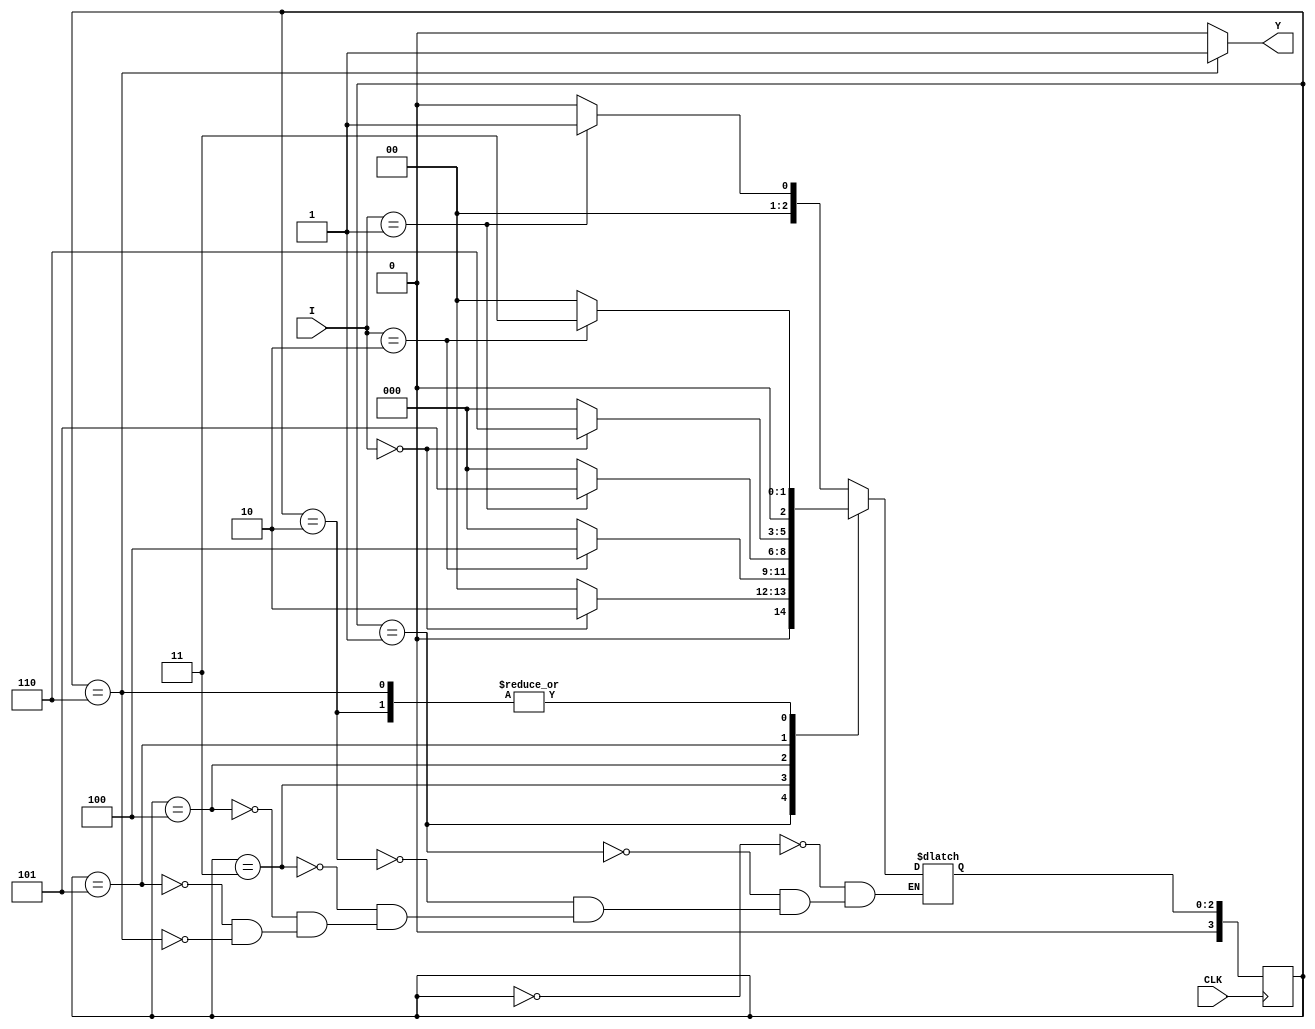
// SB : Task 1 B : Finite State Machine
/*
Instructions
-------------------
Students are not allowed to make any changes in the Module declaration.
This file is used to design a Finite State Machine.

Recommended Quartus Version : 19.1
The submitted project file must be 19.1 compatible as the evaluation will be done on Quartus Prime Lite 19.1.

Warning: The error due to compatibility will not be entertained.
			Do not make any changes to Test_Bench_Vector.txt file. Violating will result into Disqualification.
-------------------
*/

//Finite State Machine design
//Inputs  : I (4 bit) and CLK (clock)
//Output  : Y (Y = 1 when 102210 sequence(decimal number sequence) is detected)

//////////////////DO NOT MAKE ANY CHANGES IN MODULE//////////////////
module fsm(
	input CLK,			  //Clock
	input [3:0]I,       //INPUT I
	output	  Y		  //OUTPUT Y
);

reg Y1 = 0;
assign Y = Y1;



////////////////////////WRITE YOUR CODE FROM HERE//////////////////// 
	

// Tip : Write your code such that Quartus Generates a State Machine 
//			(Tools > Netlist Viewers > State Machine Viewer).
// 		For doing so, you will have to properly declare State Variables of the
//       State Machine and also perform State Assignments correctly.
//			Use Verilog case statement to design.

parameter IDLE = 0, S1 = 1, S2 = 2, S3 = 3, S4 = 4, S5 = 5, S6 = 6; //to keep track of the states of the fsm

reg [3:0] current_state, next_state = IDLE; //to keep track of current and next states.

always @ (posedge CLK) begin
	current_state <= next_state;
end

always @ (current_state or I) begin
	Y1 <= 0;
	case(current_state) 
		IDLE: begin
			if(I == 3'd1) next_state = S1;
			else next_state = IDLE;
		end
		S1: begin
			if(I == 3'd0) next_state = S2;
			else next_state = IDLE;
		end
		S2: begin
			if(I == 3'd2) next_state = S3;
			else next_state = IDLE;
		end
		S3: begin
			if(I == 3'd2) next_state = S4;
			else next_state = IDLE;
		end
		S4: begin
			if(I == 3'd1) next_state = S5;
			else next_state = IDLE;
		end
		S5: begin
			if(I == 3'd0) begin
				next_state = S6;
			end
			else next_state = IDLE;
		end
		S6: begin
			if(I == 3'd2) next_state = S3;
			else next_state = IDLE;
			Y1 <= 1;
		end
	endcase
end

////////////////////////YOUR CODE ENDS HERE//////////////////////////
endmodule
///////////////////////////////MODULE ENDS///////////////////////////